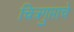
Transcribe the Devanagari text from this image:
चित्रगुप्ताचे